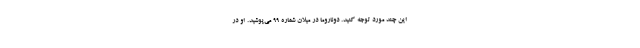
این چند مورد توجه کنید. دوناروما در میلان شماره ۹۹ می‌پوشید. او در